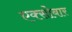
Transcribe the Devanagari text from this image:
एक्सोबार